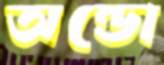
অন্ডো